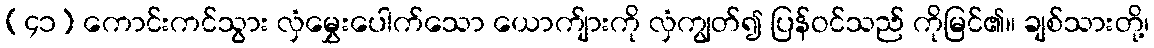
(၄၁) ကောင်းကင်သွား လှံမွှေးပေါက်သော ယောက်ျားကို လှံကျွတ်၍ ပြန်ဝင်သည် ကိုမြင်၏။ ချစ်သားတို့၊